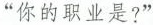
“你的职业是?”